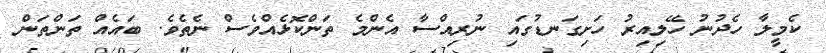
ކެމީލާ ހެދުނު ހޭލިއިރު ހަށިގަނޑުގައި ނުރިއްސާ އެންމެ ތަންކޮޅެއްވެސް ނެތެވެ. ބައެއް ތަންތަން